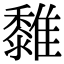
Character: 𩁄